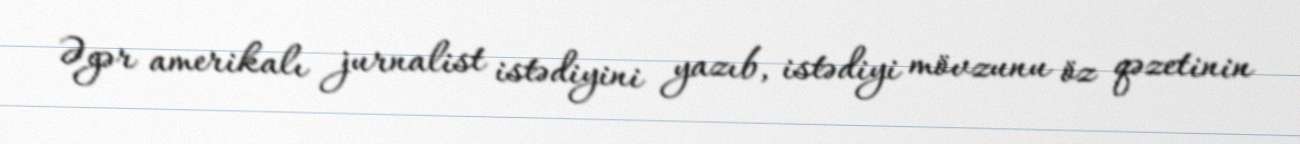
Əgər amerikalı jurnalist istədiyini yazıb, istədiyi mövzunu öz qəzetinin